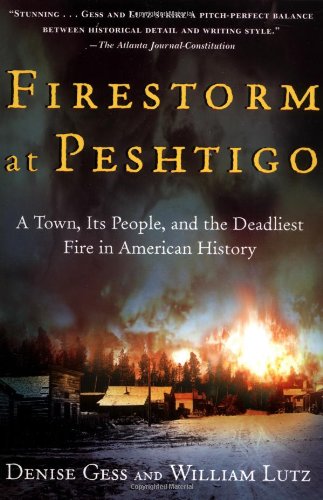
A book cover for Firestorm at Peshtigo: A Town, Its People, and the Deadliest Fire in American History; Denise Gess; Science & Math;